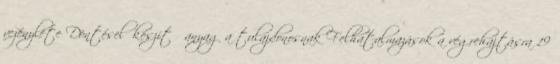
vezénylete Döntéselőkészítő anyag a tulajdonosnak Felhatalmazások a végrehajtásra 19